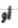
أو